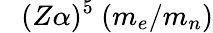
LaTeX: ~~~(Z\alpha)^{5}~(m_{e}/m_{n})